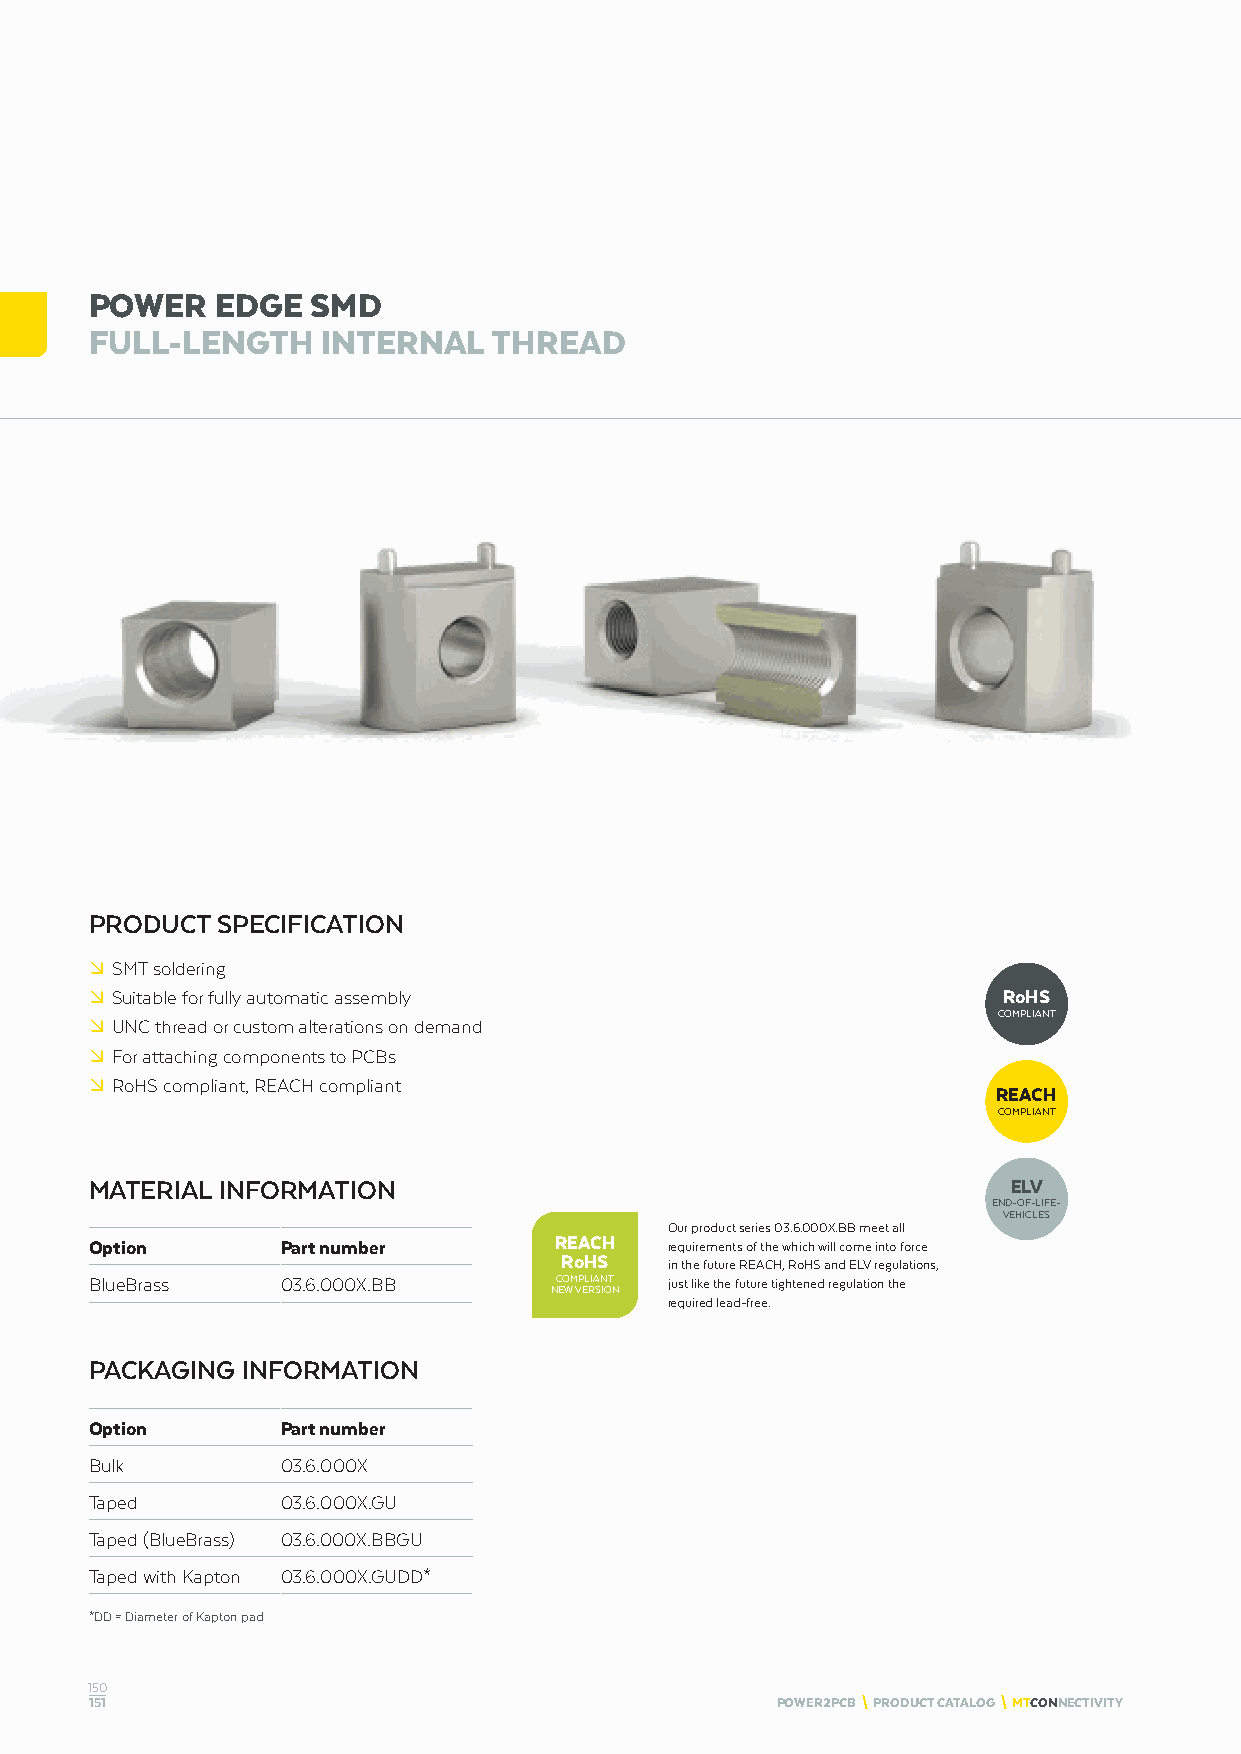
POWER   EDGE   SMD
 FULL-LENGTH    INTERNAL    THREAD
 PRODUCT SPECIFICATION
 º SMT soldering
 º Suitable for fully automatic assembly                     RoHS
 COMPLIANT
 º UNC thread or custom alterations on demand
 º For attaching components to PCBs
 º RoHS compliant, REACH compliant
 REACH
 COMPLIANT
 MATERIAL INFORMATION                                         ELV
 END-OF-LIFE-
 VEHICLES
 Our product series 03.6.000X.BB meet all
 Option       Part number       REACH  requirements of the which will come into force
 RoHS
 in the future REACH, RoHS and ELV regulations,
 BlueBrass    03.6.000X.BB      COMPLIANT just like the future tightened regulation the
 NEW VERSION
 required lead-free.
 PACKAGING INFORMATION
 Option       Part number
 Bulk         03.6.000X
 Taped        03.6.000X.GU
 Taped (BlueBrass) 03.6.000X.BBGU
 Taped with Kapton 03.6.000X.GUDD*
 *DD = Diameter of Kapton pad
 150
 151                                          POWER2PCB \ PRODUCT CATALOG \ MTCONNECTIVITY